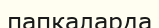
папкаларда